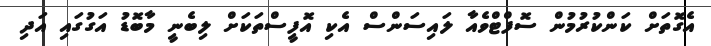
އެގޮތަށް ކަންކުރުމުން ސޮފްޓްވެއާ ލައިސަންސް އެކި އޮފީސްތަކަށް ލިބެނީ މާބޮޑު އަގުގައި އަދި